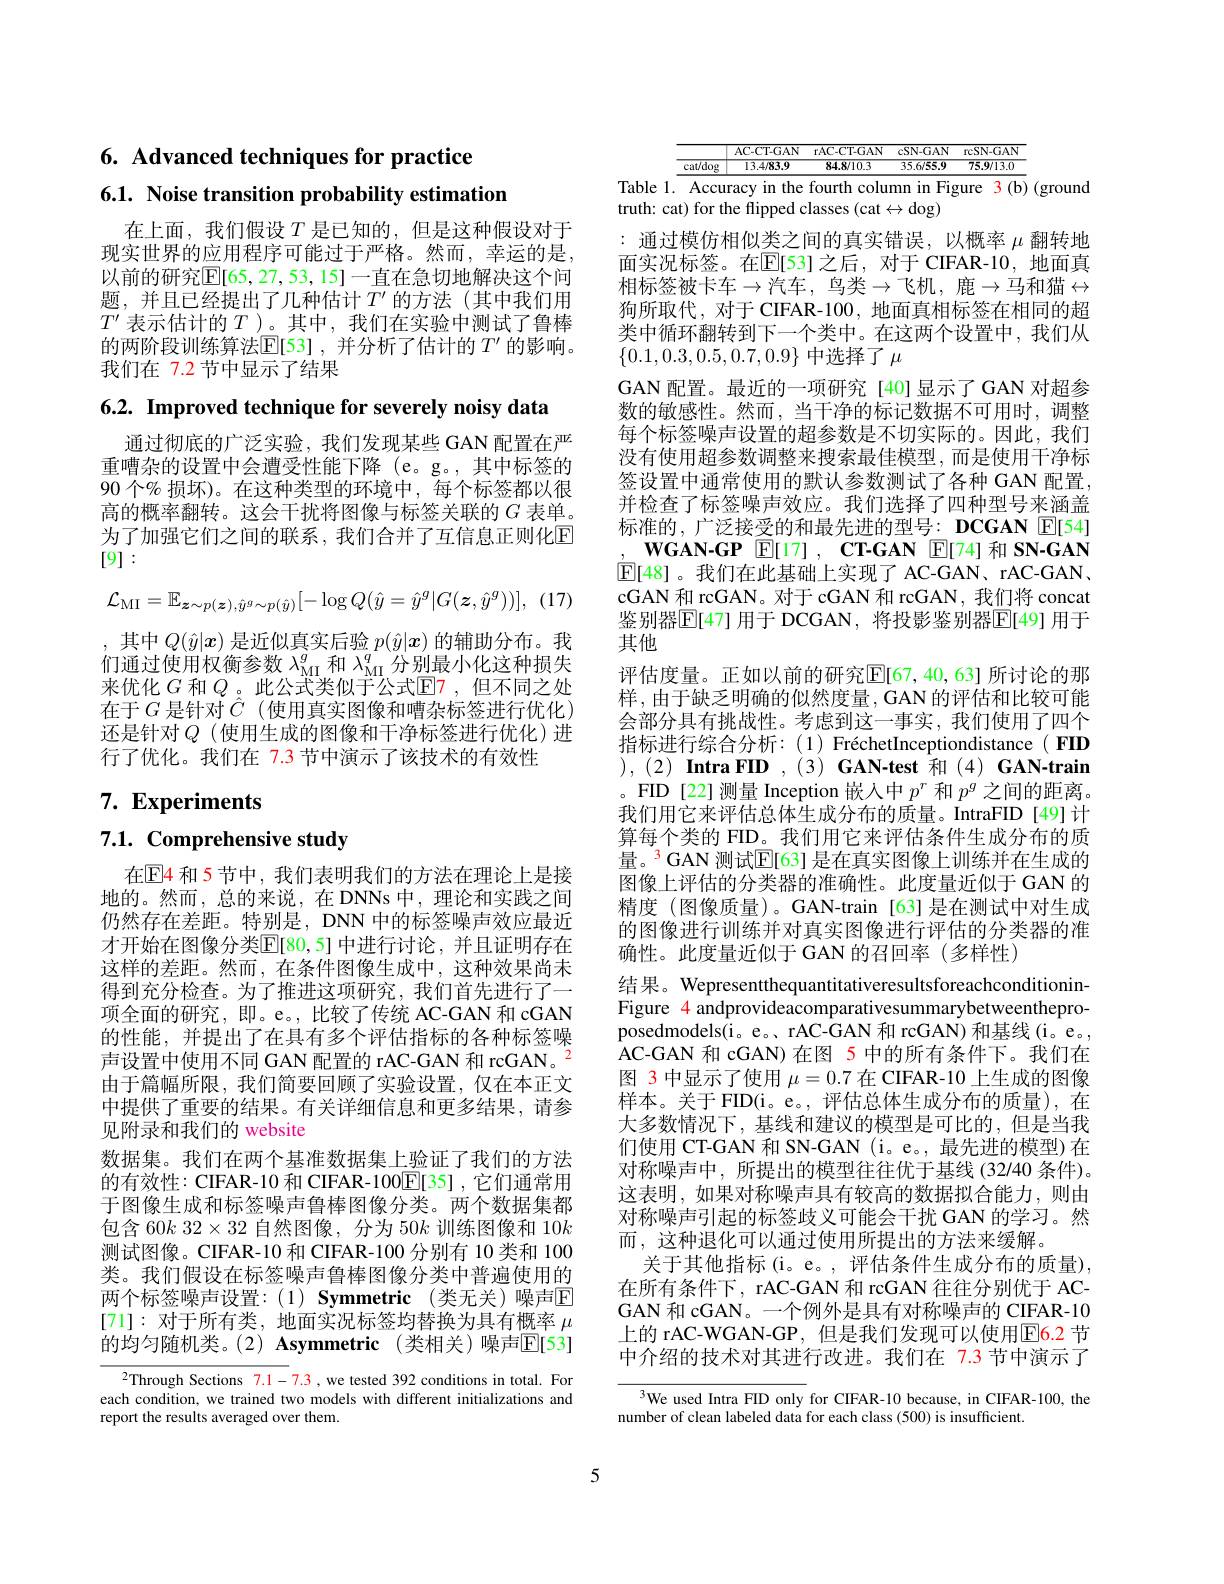
# 6. Advanced techniques for practice 6.1. Noise transition probability estimation

在上面，我们假设$T$是已知的，但是这种假设对于现实世界的应用程序可能过于严格。然而，幸运的是以前的研究$\mathbb{E}[65,27,53,15]$一直在急切地解决这个问题，并且已经提出了几种估计$T^\prime$的方法(其中我们用$T^{\prime}$表示估计的$T$ )。其中，我们在实验中测试了鲁棒的两阶段训练算法$\mathbb{E}$[53],并分析了估计的$T^\prime$的影响。我们在 7.2 节中显示了结果

6.2. Improved technique for severely noisy data

为了加强它们之间的联系，我们合并了互信息正则化$\overline{\mathrm{E}}$
[9]:

通过彻底的广泛实验，我们发现某些 GAN 配置在严重嘈杂的设置中会遭受性能下降 (e。g。,其中标签的90 个% 损坏)。在这种类型的环境中，每个标签都以很高的概率翻转。这会干扰将图像与标签关联的$G$表单。
$$\mathcal{L}_{\mathrm{MI}}=\mathbb{E}_{\boldsymbol{z}\sim p(\boldsymbol{z}),\hat{y}^{g}\sim p(\hat{y})}[-\log Q(\hat{y}=\hat{y}^{g}|G(\boldsymbol{z},\hat{y}^{g}))],$$
,其中$Q(\hat{y}|\boldsymbol{x})$是近似真实后验$p(\hat{y}|\boldsymbol{x})$的辅助分布。我们通过使用权衡参数$\lambda_\mathrm{MI}^g$和$\lambda_\mathrm{MI}^q$分别最小化这种损失来优化$G$和$Q$ 。此公式类似于公式$\mathbb{E}$7,但不同之处在于$G$ 是针对$\hat{C}$(使用真实图像和嘈杂标签进行优化) 还是针对$Q$(使用生成的图像和干净标签进行优化)进行了优化。我们在 7.3 节中演示了该技术的有效性

# 7. Experiments

7.1. Comprehensive study

在$\mathbb{E}$4 和 5 节中，我们表明我们的方法在理论上是接地的。然而，总的来说，在 DNNs 中，理论和实践之间仍然存在差距。特别是，DNN 中的标签噪声效应最近才开始在图像分类$\mathbb{E}[80,5]$ 中进行讨论，并且证明存在这样的差距。然而，在条件图像生成中，这种效果尚未得到充分检查。为了推进这项研究，我们首先进行了一项全面的研究，即。e。, 比较了传统 AC-GAN 和 cGAN 的性能，并提出了在具有多个评估指标的各种标签噪声设置中使用不同 GAN 配置的 rAC-GAN 和 rcGAN。$^{2}$ 由于篇幅所限，我们简要回顾了实验设置，仅在本正文中提供了重要的结果。有关详细信息和更多结果，请参见附录和我们的 website
数据集。我们在两个基准数据集上验证了我们的方法的有效性：CIFAR-10 和 CIFAR-100$\boxed{\mathrm{E}}[35]$ ,它们通常用于图像生成和标签噪声鲁棒图像分类。两个数据集都包含 60$k$ 32$\times32$自然图像，分为 50$k$训练图像和 10$k$ 测试图像。CIFAR-10 和 CIFAR-100 分别有 10 类和 100类。我们假设在标签噪声鲁棒图像分类中普遍使用的两个标签噪声设置：(1) Symmetric(类无关)噪声E [71]:对于所有类，地面实况标签均替换为具有概率$\mu$ 的均匀随机类。(2) Asymmetric(类相关)噪声$\mathbb{E}[53]$
$^{2}$Through Sections $\color{red}{7.1-7.3}$ ,we tested 392 conditions in total. For

each condition, we trained two models with different initializations and
report the results averaged over them.

<table>
	<tbody>
		<tr>
			<th> </th>
			<th>$\overline{\text{cat}/\mathrm{dog}}$</th>
			<th>AC- CT- GAN 13.4/83.9</th>
			<th>rAC- CT- GAN 84.8/10.3</th>
			<th>$cSN-GAN$ 35.6/55.9</th>
			<th>reSN-GAN 75.9/13.0</th>
			<th>$\sqrt{1}$</th>
		</tr>
		<tr>
			<th> </th>
			<th> </th>
			<th>AC-CT-GAN</th>
			<th>rAC-CT-GAN</th>
			<th>$cSN-GAN$</th>
			<th>rcSN-GAN</th>
			<th>$\downarrow$</th>
		</tr>
		<tr>
			<th> </th>
			<th>$\overline{\text{cat/dog}}$</th>
			<th>13.4/83.9</th>
			<th>84.8/10.3</th>
			<th>35.6/55.9</th>
			<th>75.9/13.0</th>
			<th> </th>
		</tr>
		<tr>
			<td>ble </td>
			<td>Accu</td>
			<td>in the racy</td>
			<td>fourth colu</td>
			<td>Fi mn</td>
			<td> $(\mathbf{b})$ gure 1</td>
			<td>$b)$ $^{\prime }$grc</td>
		</tr>
		<tr>
			<td>$th:$ $C\boldsymbol{c}^{\prime}$</td>
			<td>for at $f$</td>
			<td>$\operatorname{flipped}$ he</td>
			<td>{:}lasses (cat</td>
			<td>$\deg$ $\leftrightarrow$</td>
			<td> </td>
			<td> </td>
		</tr>
	</tbody>
</table>

:通过模仿相似类之间的真实错误，以概率$\mu$翻转地面实况标签。在$\overline{\mathbb{E}}[53]$ 之后，对于 CIFAR-10,地面真相标签被卡车$\to$汽车，鸟类$\to$飞机，鹿$\to$马和猫$\leftrightarrow$ 狗所取代，对于CIFAR-100, 地面真相标签在相同的超类中循环翻转到下一个类中。在这两个设置中，我们从$\{0.1,0.3,0.5,0.7,0.9\}$中选择了$\mu$
GAN 配置。最近的一项研究[40]显示了GAN 对超参数的敏感性。然而，当干净的标记数据不可用时，调整每个标签噪声设置的超参数是不切实际的。因此，我们没有使用超参数调整来搜索最佳模型，而是使用干净标签设置中通常使用的默认参数测试了各种 GAN 配置， 并检查了标签噪声效应。我们选择了四种型号来涵盖标准的，广泛接受的和最先进的型号：DCGAN E[54]
$\mathbf{WGAN- GP}$ $\mathbb{E} [ 17]$ , $\mathbf{CT- GAN}$ $\mathbb{E} [ 74]$和 SN-GAN $\operatorname{E}[48]$。我们在此基础上实现了 AC-GAN、rAC-GAN, cGAN 和 rcGAN。对于 cGAN 和 rcGAN, 我们将 concat 鉴别器$\mathbb{E}[$47]用于 DCGAN, 将投影鉴别器$\mathbb{E}[$49] 用于其他
评估度量。正如以前的研究$\mathbb{E}[67,40,63]$ 所讨论的那样，由于缺乏明确的似然度量，GAN 的评估和比较可能会部分具有挑战性。考虑到这一事实，我们使用了四个指标进行综合分析：(1) FréchetInceptiondistance( FID $) , ( 2) \textbf{ Intra FID }, ( 3) \textbf{ GAN- test 和 ( 4) GAN- train}$ 。FID[22]测量 Inception 嵌入中$p^r$和$p^g$之间的距离。我们用它来评估总体生成分布的质量。IntraFID[49]计算每个类的 FID。我们用它来评估条件生成分布的质量。$^{3}$GAN 测试$\mathbb{E}[63]$ 是在真实图像上训练并在生成的图像上评估的分类器的准确性。此度量近似于 GAN 的精度 (图像质量)。GAN-train [63]是在测试中对生成的图像进行训练并对真实图像进行评估的分类器的准确性。此度量近似于 GAN 的召回率 (多样性)
结果。WepresentthequantitativeresultsforeachconditioninFigure 4 andprovideacomparativesummarybetweentheproposedmodels(i。e。, rAC-GAN 和 rcGAN) 和基线(i。e。, AC-GAN 和 cGAN)在图 5 中的所有条件下。我们在图 3 中显示了使用$\mu=0.7$在 CIFAR-10 上生成的图像样本。关于 FID(i。e。, 评估总体生成分布的质量),在大多数情况下，基线和建议的模型是可比的，但是当我们使用 CT-GAN 和 SN-GAN (i。e。, 最先进的模型) 在对称噪声中，所提出的模型往往优于基线(32/40 条件)。这表明，如果对称噪声具有较高的数据拟合能力，则由对称噪声引起的标签歧义可能会干扰 GAN 的学习。然而，这种退化可以通过使用所提出的方法来缓解。
关于其他指标(i。e。,评估条件生成分布的质量), 在所有条件下，rAC-GAN 和 rcGAN 往往分别优于 ACGAN 和 cGAN。一个例外是具有对称噪声的 CIFAR-10上的 rAC-WGAN-GP, 但是我们发现可以使用$\overline{\mathrm{E}}$6.2 节中介绍的技术对其进行改进。我们在 7.3 节中演示了3We used Intra FID only for CIFAR-10 because, in CIFAR-100, the

number of clean labeled data for each class (500) is insufficient.

5